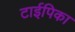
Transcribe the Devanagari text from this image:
टाईपिका